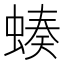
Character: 𧎝